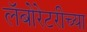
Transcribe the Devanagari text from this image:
लॅबोरेटरीच्या